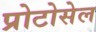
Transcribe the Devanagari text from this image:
प्रोटोसेल